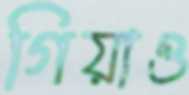
গিয়াও